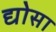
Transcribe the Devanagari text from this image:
द्योसा